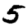
Digit: 5